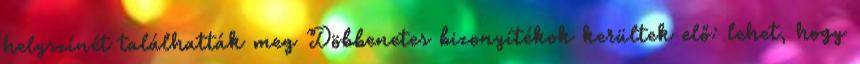
helyszínét találhatták meg Döbbenetes bizonyítékok kerültek elő: lehet, hogy